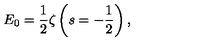
E _ { 0 } = \frac { 1 } { 2 } \zeta \left( s = - \frac { 1 } { 2 } \right) ,